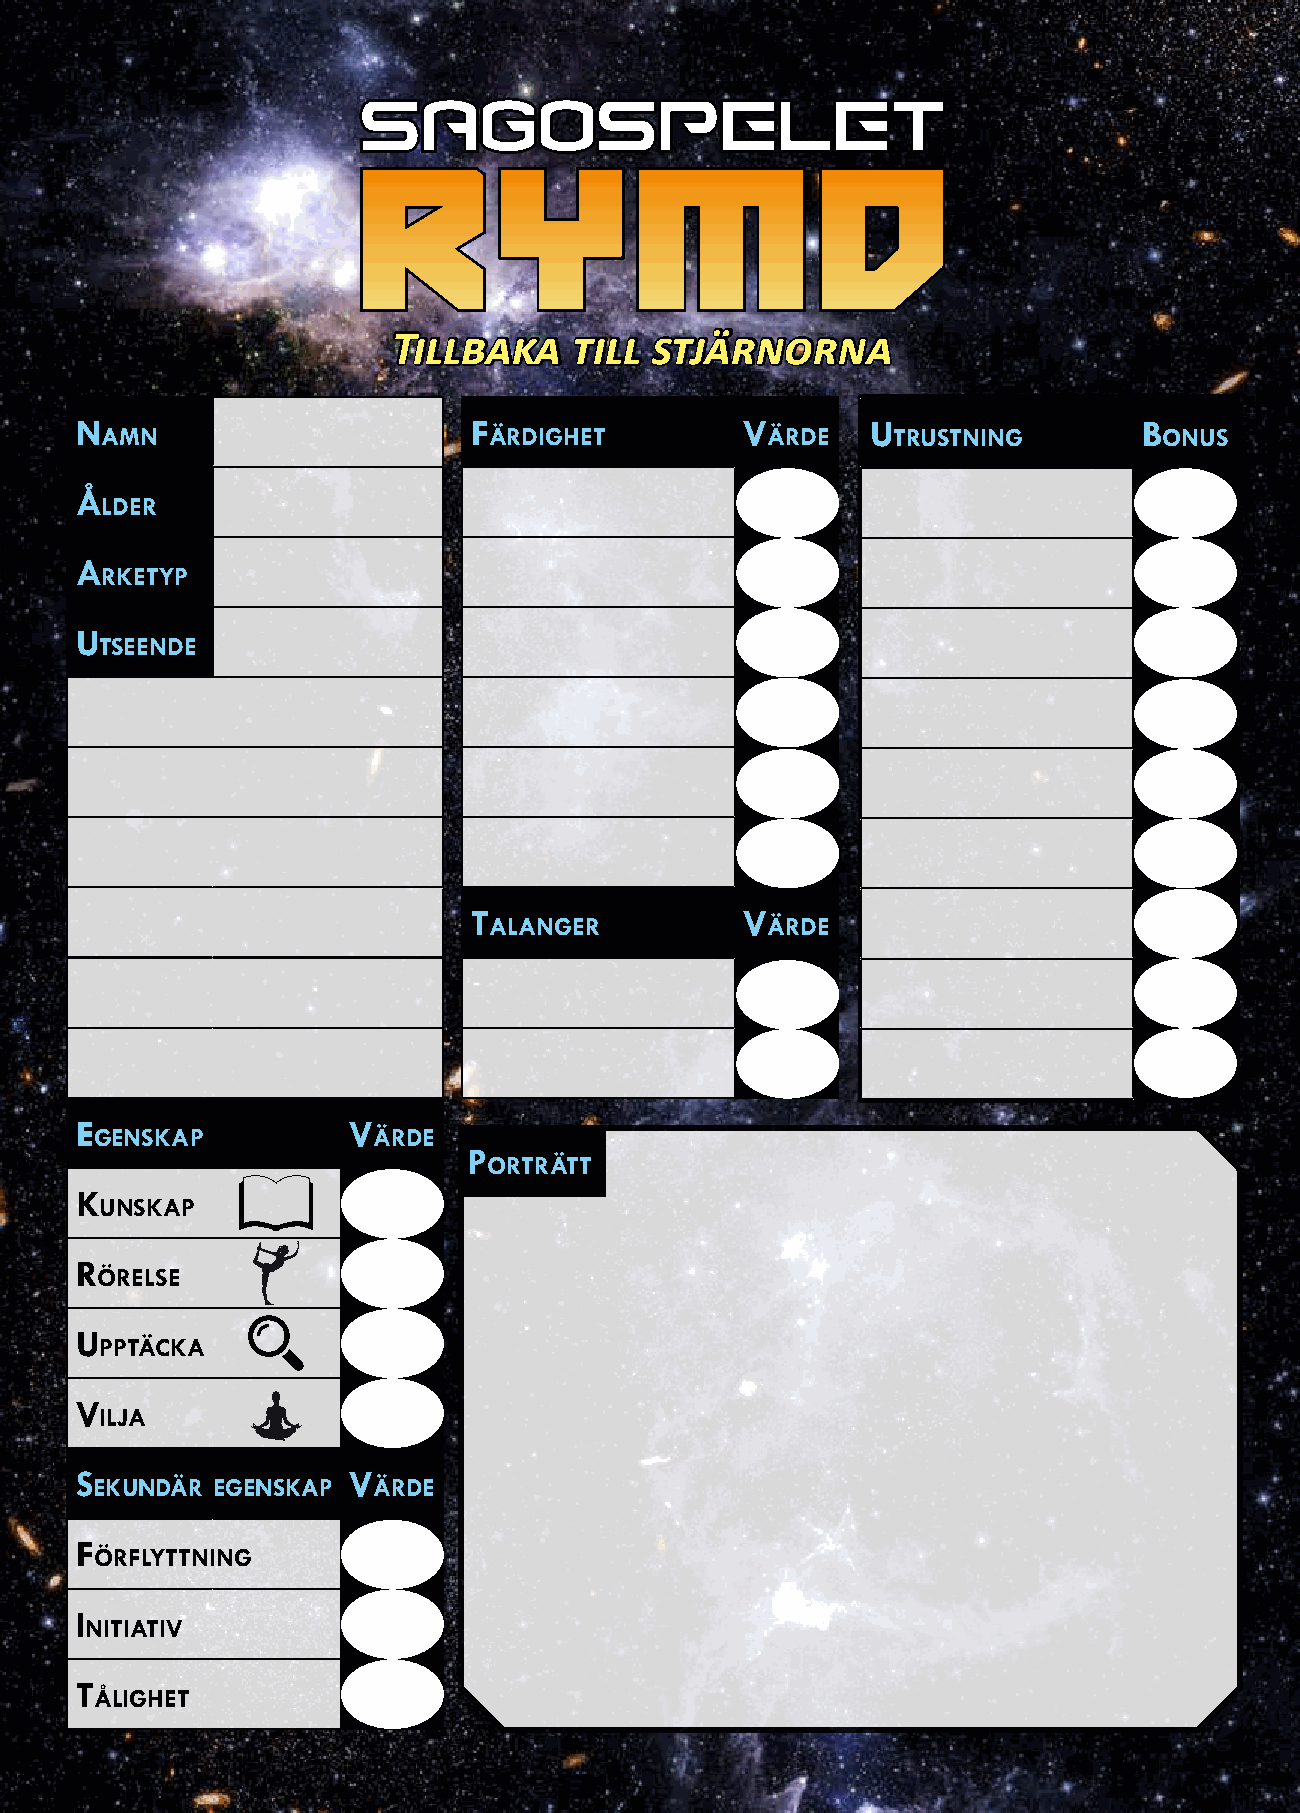
TTiillllbbaakkaa ttiillll ssttjjäärrnnoorrnnaa
 n                         F                 V        U                 B
 amn                      ärdighet           ärde    trUstning         onUs
 Å
 lder
 a
 rketyp
 U
 tseende
 t                 V
 alanger            ärde
 e                 V
 genskap            ärde
 p
 orträtt
 k
 Unskap
 r
 örelse
 U
 pptäcka
 V
 ilja
 s                 V
 ekUndär egenskap   ärde
 F
 örFlyttning
 i
 nitiatiV
 t
 Ålighet